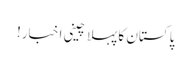
پاکستان کا پہلا چینی اخبار!